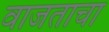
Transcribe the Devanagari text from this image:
वाजताचा